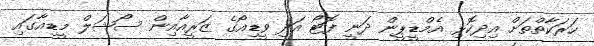
ހަރަކާތްތަށް އިދިކޮޅި އެމްޑީޕީން ދަނީ ފޮޓޯ އަދި ވީޑިއޯގެ ޒަރީއާއިން ސޯޝަލް މީޑިއާގައި